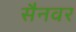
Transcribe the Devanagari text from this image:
सैनवर